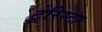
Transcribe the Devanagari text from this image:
टूरिस्टा